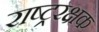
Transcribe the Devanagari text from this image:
राष्ट्ररक्षक